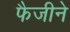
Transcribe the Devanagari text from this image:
फैजीने